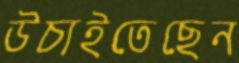
উচাইতেছেন